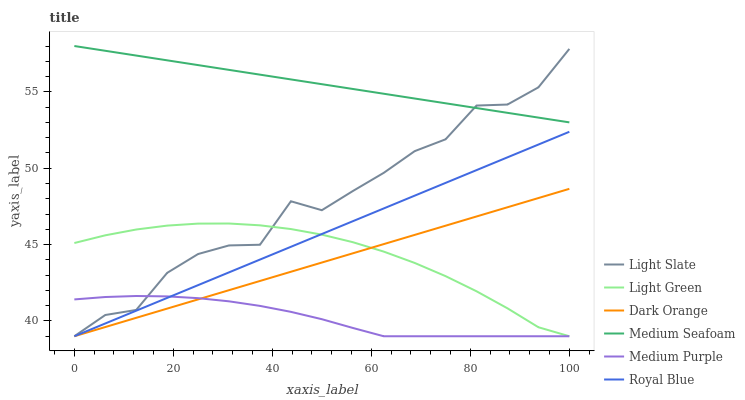
| xaxis_label | Light Slate | Light Green | Dark Orange | Medium Seafoam | Medium Purple | Royal Blue |
 | --- | --- | --- | --- | --- | --- | --- |
 | 0 | 39 | 45.1 | 39 | 58 | 41.4 | 39 |
 | 6.25 | 40.4 | 45.6 | 39.6 | 57.7 | 41.6 | 39.8 |
 | 12.5 | 40.7 | 46 | 40.2 | 57.4 | 41.6 | 40.7 |
 | 18.8 | 43.1 | 46.2 | 40.8 | 57.1 | 41.6 | 41.5 |
 | 25 | 44.4 | 46.4 | 41.4 | 56.8 | 41.5 | 42.3 |
 | 31.2 | 44.9 | 46.4 | 42 | 56.4 | 41.3 | 43.2 |
 | 37.5 | 45 | 46.3 | 42.6 | 56.1 | 41 | 44 |
 | 43.8 | 47.8 | 46 | 43.2 | 55.8 | 40.6 | 44.9 |
 | 50 | 47.3 | 45.7 | 43.8 | 55.5 | 40.1 | 45.7 |
 | 56.2 | 48.5 | 45.2 | 44.4 | 55.2 | 39.5 | 46.5 |
 | 62.5 | 49.7 | 44.5 | 45 | 54.9 | 39 | 47.4 |
 | 68.8 | 51.1 | 43.8 | 45.6 | 54.6 | 39 | 48.2 |
 | 75 | 51.9 | 42.9 | 46.2 | 54.3 | 39 | 49 |
 | 81.2 | 54.1 | 41.9 | 46.8 | 53.9 | 39 | 49.9 |
 | 87.5 | 54.2 | 40.8 | 47.4 | 53.6 | 39 | 50.7 |
 | 93.8 | 55.3 | 39.6 | 48 | 53.3 | 39 | 51.5 |
 | 100 | 57.8 | 39 | 48.7 | 53 | 39 | 52.4 |